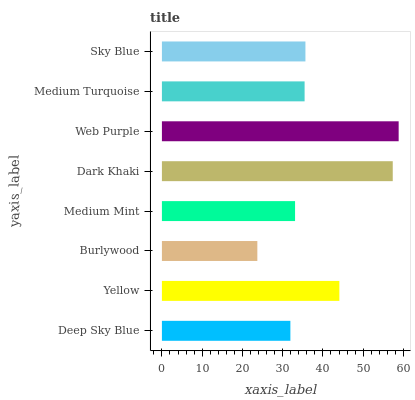
| yaxis_label | bars |
 | --- | --- |
 | Deep Sky Blue | 31.9 |
 | Yellow | 44.1 |
 | Burlywood | 23.7 |
 | Medium Mint | 33.1 |
 | Dark Khaki | 57.3 |
 | Web Purple | 58.8 |
 | Medium Turquoise | 35.4 |
 | Sky Blue | 35.7 |